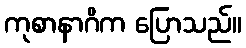
ကုစာနာဂိက ပြောသည်။